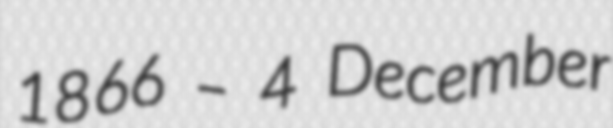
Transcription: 1866 – 4 December